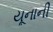
યૂનાની